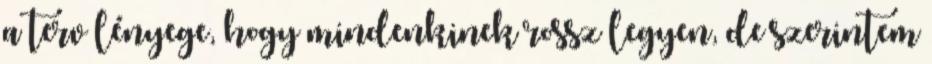
a terv lényege, hogy mindenkinek rossz legyen, de szerintem